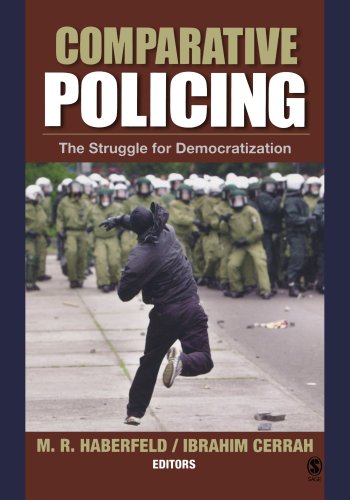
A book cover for Comparative Policing: The Struggle for Democratization; Law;